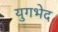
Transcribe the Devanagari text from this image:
युगभेद